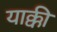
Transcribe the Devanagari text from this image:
याक्की